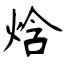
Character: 焓